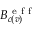
B _ { c ( v ) } ^ { \mathrm { ~ e ~ f ~ f ~ } }